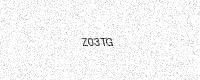
Text: Z03TG